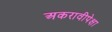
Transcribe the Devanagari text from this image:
अकरावीपेक्षा